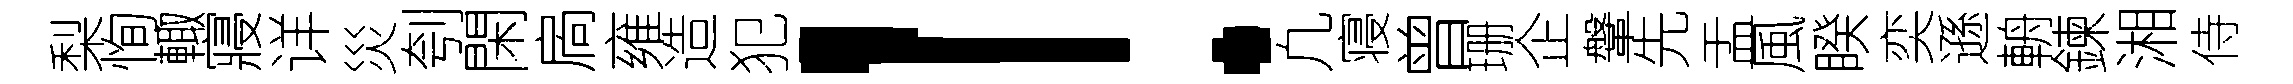
梨恂輙寢详災刳閑扄雍造犯！凢寝曾珊企鞶先盂風睽奕遜輈鍊湘侍